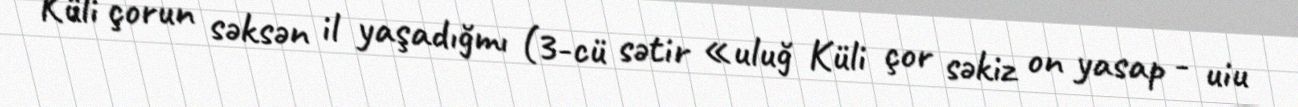
Küli çorun səksən il yaşadığmı (3-cü sətir «uluğ Küli çor səkiz on yasap - uiu